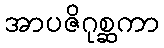
အာပဇိဂုစ္ဆကာ